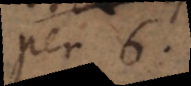
per 6